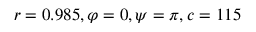
r = 0 . 9 8 5 , \varphi = 0 , \psi = \pi , c = 1 1 5